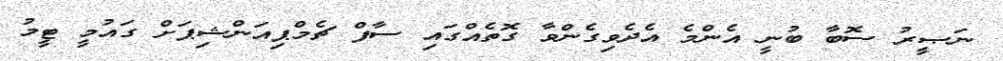
ނަޞީރު ސޮބާ ބުނީ އެންމެ އެދެވިގެންވާ ގޮތެއްގައި ސާފް ޗެމްޕިއަންޝިޕަށް ގައުމީ ޓީމު